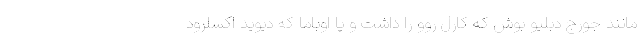
مانند جورج دبلیو بوش که کارل روو را داشت و یا اوباما که دیوید اکسلرود